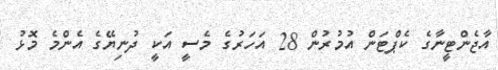
އާޖެންޓީނާގެ ކެޕްޓަން އުމުރުން 28 އަހަރުގެ މެސީ އަކީ ދުނިޔޭގެ އެންމެ މޮޅު